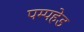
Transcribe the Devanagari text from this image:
पम्पहेड